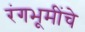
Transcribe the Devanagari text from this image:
रंगभूमींचे